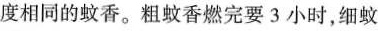
度相同的蚊香。粗蚊香燃完要3小时，细蚊